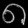
Digit: ၈